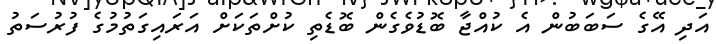
އަދި އޭގެ ސަބަބުން އެ ކުއްޖާ ބޮޑުވެގެން ބޮޑެތި ކުށްތަކަށް އަރައިގަތުމުގެ ފުރުސަތު